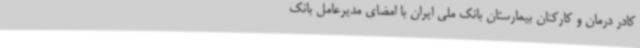
کادر درمان و کارکنان بیمارستان بانک ملی ایران با امضای مدیرعامل بانک